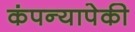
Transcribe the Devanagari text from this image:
कंपन्यापेकी